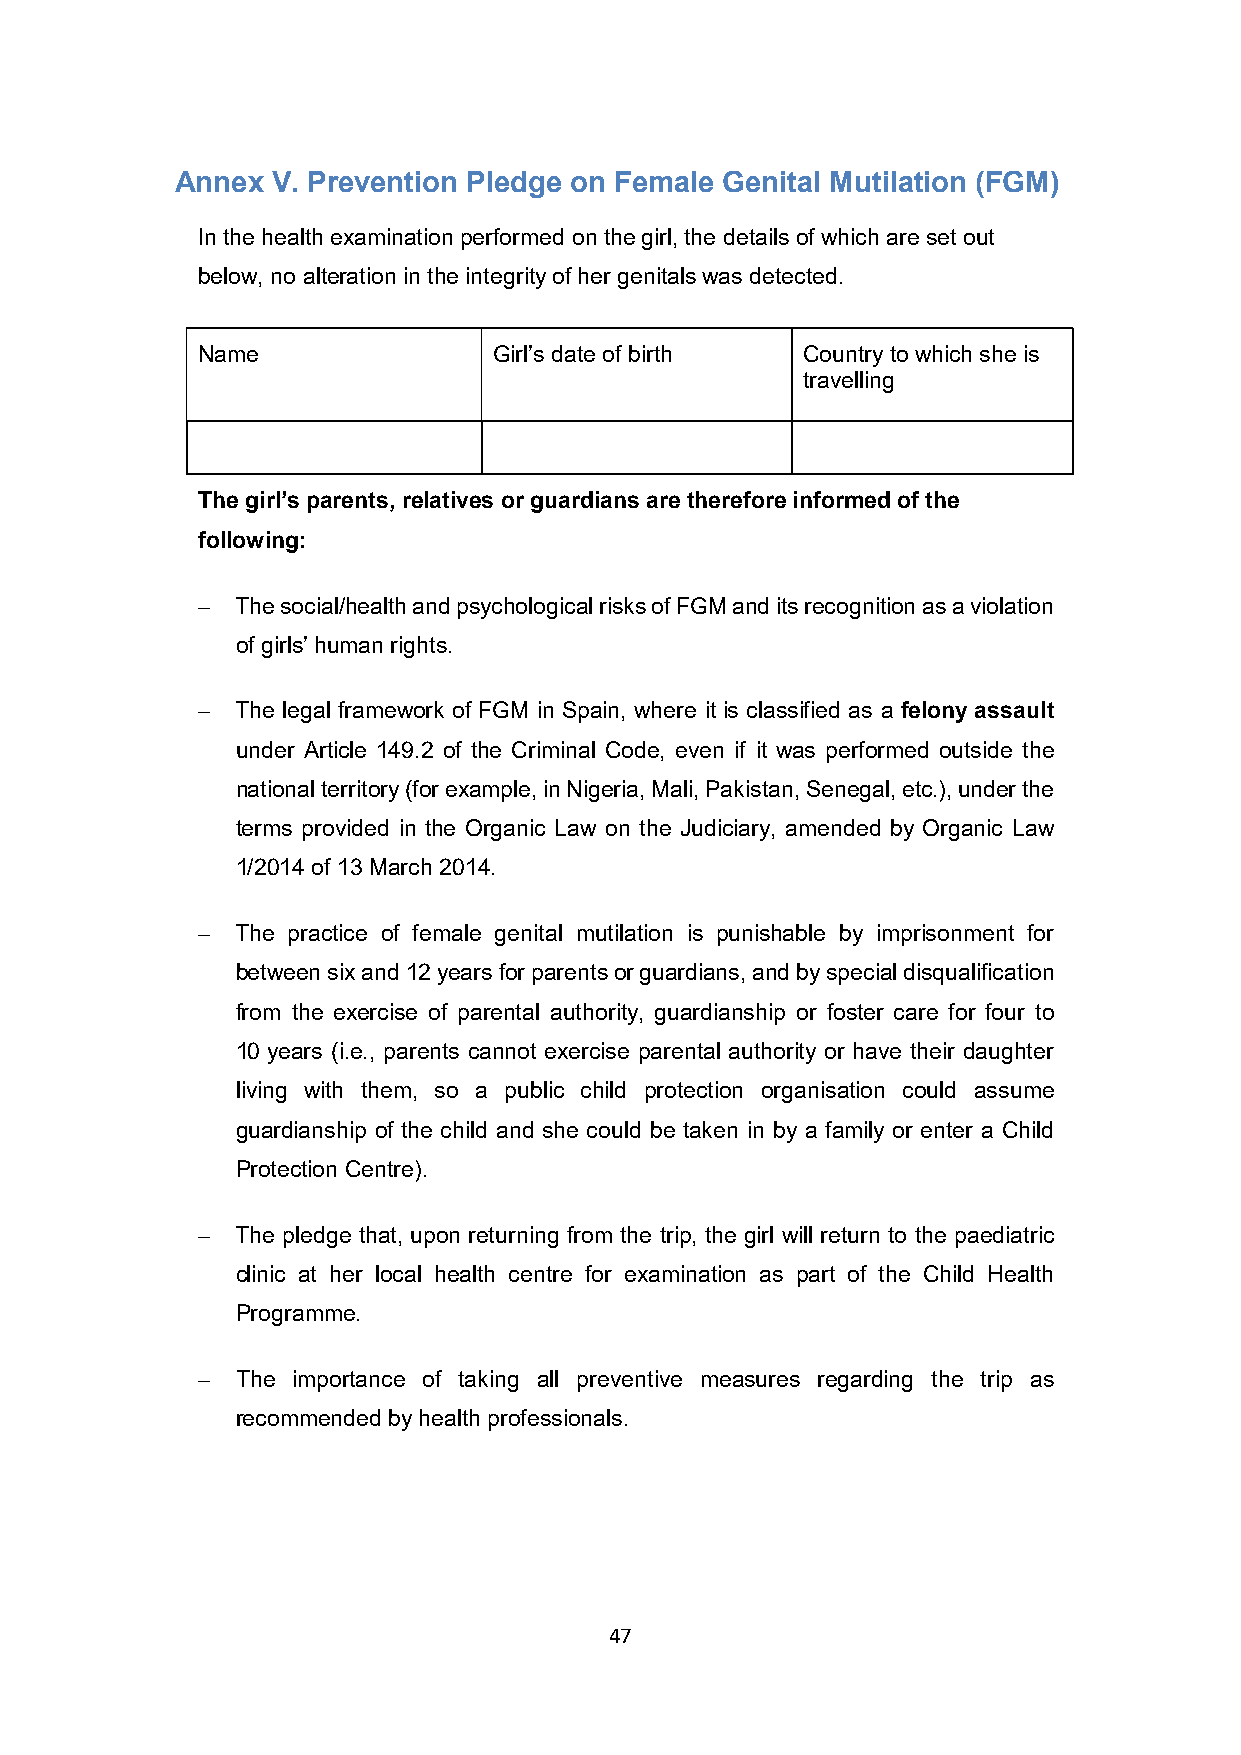
Annex V. Prevention Pledge on Female Genital Mutilation (FGM)
 In the health examination performed on the girl, the details of which are set out
 below, no alteration in the integrity of her genitals was detected.
 Name                Girl’s date of birth Country to which she is
 travelling
 The girl’s parents, relatives or guardians are therefore informed of the
 following:
   The social/health and psychological risks of FGM and its recognition as a violation
 of girls’ human rights.
   The legal framework of FGM in Spain, where it is classified as a felony assault
 under Article 149.2 of the Criminal Code, even if it was performed outside the
 national territory (for example, in Nigeria, Mali, Pakistan, Senegal, etc.), under the
 terms provided in the Organic Law on the Judiciary, amended by Organic Law
 1/2014 of 13 March 2014.
   The practice of female genital mutilation is punishable by imprisonment for
 between six and 12 years for parents or guardians, and by special disqualification
 from the exercise of parental authority, guardianship or foster care for four to
 10 years (i.e., parents cannot exercise parental authority or have their daughter
 living with them, so a public child protection organisation could assume
 guardianship of the child and she could be taken in by a family or enter a Child
 Protection Centre).
   The pledge that, upon returning from the trip, the girl will return to the paediatric
 clinic at her local health centre for examination as part of the Child Health
 Programme.
   The importance of taking all preventive measures regarding the trip as
 recommended by health professionals.
 47